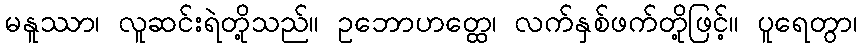
မနူဿာ၊ လူဆင်းရဲတို့သည်။ ဥဘောဟတ္ထေ၊ လက်နှစ်ဖက်တို့ဖြင့်။ ပူရေတွာ၊